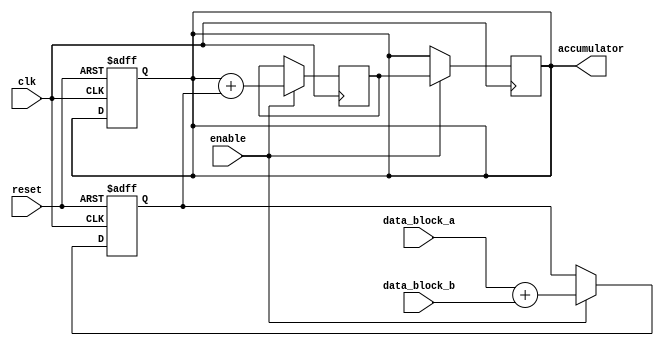
module ParallelAccumulator(
  input wire clk,
  input wire reset,
  input wire [7:0] data_block_a,
  input wire [7:0] data_block_b,
  input wire enable,
  output reg [23:0] accumulator
);

reg [7:0] sum_temp;
reg [23:0] accumulator_next;

always @(posedge clk or posedge reset) begin
  if (reset) begin
    accumulator <= 0;
    sum_temp <= 0;
  end else if (enable) begin
    sum_temp <= data_block_a + data_block_b;
  end
end

always @(posedge clk) begin
  if (enable) begin
    accumulator_next <= accumulator + sum_temp;
  end
end

always @(posedge clk) begin
  if (enable) begin
    accumulator <= accumulator_next;
  end
end

endmodule